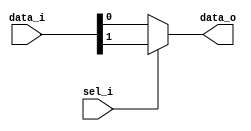
// This program was cloned from: https://github.com/NYU-MLDA/OpenABC
// License: BSD 3-Clause "New" or "Revised" License

module bsg_mux_width_p1_els_p2
(
  data_i,
  sel_i,
  data_o
);

  input [1:0] data_i;
  input [0:0] sel_i;
  output [0:0] data_o;
  wire [0:0] data_o;
  wire N0,N1;
  assign data_o[0] = (N1)? data_i[0] : 
                     (N0)? data_i[1] : 1'b0;
  assign N0 = sel_i[0];
  assign N1 = ~sel_i[0];

endmodule